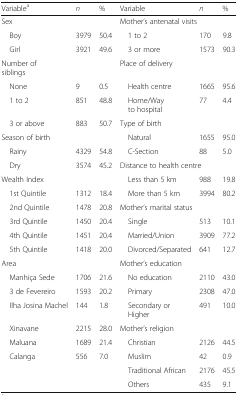
<table><thead><tr><td><b>Variable<sup>a</sup></b></td><td><b><i>n</i></b></td><td><b>%</b></td><td><b>Variable</b></td><td><b><i>n</i></b></td><td><b>%</b></td></tr></thead><tbody><tr><td colspan="3">Sex</td><td colspan="3">Mother’s antenatal visits</td></tr><tr><td> Boy</td><td>3979</td><td>50.4</td><td> 1 to 2</td><td>170</td><td>9.8</td></tr><tr><td> Girl</td><td>3921</td><td>49.6</td><td> 3 or more</td><td>1573</td><td>90.3</td></tr><tr><td colspan="3">Number of siblings</td><td colspan="3">Place of delivery</td></tr><tr><td> None</td><td>9</td><td>0.5</td><td> Health centre</td><td>1665</td><td>95.6</td></tr><tr><td> 1 to 2</td><td>851</td><td>48.8</td><td> Home/Way to hospital</td><td>77</td><td>4.4</td></tr><tr><td> 3 or above</td><td>883</td><td>50.7</td><td colspan="3">Type of birth</td></tr><tr><td colspan="3">Season of birth</td><td> Natural</td><td>1655</td><td>95.0</td></tr><tr><td> Rainy</td><td>4329</td><td>54.8</td><td> C-Section</td><td>88</td><td>5.0</td></tr><tr><td> Dry</td><td>3574</td><td>45.2</td><td colspan="3">Distance to health centre</td></tr><tr><td colspan="3">Wealth Index</td><td> Less than 5 km</td><td>988</td><td>19.8</td></tr><tr><td> 1st Quintile</td><td>1312</td><td>18.4</td><td> More than 5 km</td><td>3994</td><td>80.2</td></tr><tr><td> 2nd Quintile</td><td>1478</td><td>20.8</td><td colspan="3">Mother’s marital status</td></tr><tr><td> 3rd Quintile</td><td>1450</td><td>20.4</td><td> Single</td><td>513</td><td>10.1</td></tr><tr><td> 4th Quintile</td><td>1451</td><td>20.4</td><td> Married/Union</td><td>3909</td><td>77.2</td></tr><tr><td> 5th Quintile</td><td>1418</td><td>20.0</td><td> Divorced/Separated</td><td>641</td><td>12.7</td></tr><tr><td colspan="3">Area</td><td colspan="3">Mother’s education</td></tr><tr><td> Manhiça Sede</td><td>1706</td><td>21.6</td><td> No education</td><td>2110</td><td>43.0</td></tr><tr><td> 3 de Fevereiro</td><td>1593</td><td>20.2</td><td> Primary</td><td>2308</td><td>47.0</td></tr><tr><td> Ilha Josina Machel</td><td>144</td><td>1.8</td><td> Secondary or Higher</td><td>491</td><td>10.0</td></tr><tr><td> Xinavane</td><td>2215</td><td>28.0</td><td colspan="3">Mother’s religion</td></tr><tr><td> Maluana</td><td>1689</td><td>21.4</td><td> Christian</td><td>2126</td><td>44.5</td></tr><tr><td> Calanga</td><td>556</td><td>7.0</td><td> Muslim</td><td>42</td><td>0.9</td></tr><tr><td></td><td></td><td></td><td> Traditional African</td><td>2176</td><td>45.5</td></tr><tr><td></td><td></td><td></td><td> Others</td><td>435</td><td>9.1</td></tr></tbody></table>